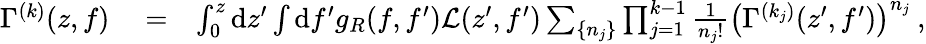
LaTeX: \begin{array}{rlr}{\Gamma^{(k)}(z,f)}&{{}=}&{\int_{0}^{z}\mathrm{d}z^{\prime}\int\mathrm{d}f^{\prime}g_{R}(f,f^{\prime})\mathcal{L}(z^{\prime},f^{\prime})\sum_{\{ n_{j}\} }\prod_{j=1}^{k-1}\frac{1}{n_{j}!}\left(\Gamma^{(k_{j})}(z^{\prime},f^{\prime})\right)^{n_{j}}\: ,}\end{array}